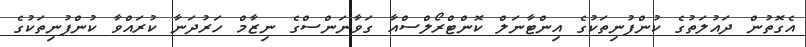
އެގޮތުން ދައުލަތުގެ ކުންފުނިތަކުގެ އިންޓާނަލް ކޮންޓްރޯލްސްއާ ގަވާނަންސްގެ ނިޒާމް ހަރުދަނާ ކުރައްވާ ކުންފުނިތަކުގެ